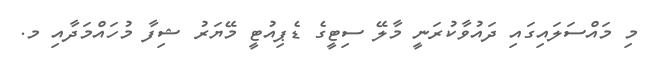
މި މައްސަލައިގައި ދައުވާކުރަނީ މާލޭ ސިޓީގެ ޑެޕިއުޓީ މޭޔަރު ޝިފާ މުހައްމަދާއި މ.